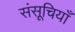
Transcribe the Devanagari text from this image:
संसूचियाँ